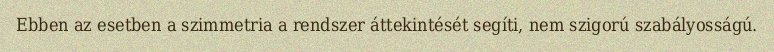
Ebben az esetben a szimmetria a rendszer áttekintését segíti, nem szigorú szabályosságú.